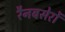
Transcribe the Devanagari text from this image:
रैनबसेरों